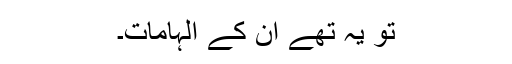
تو یہ تھے ان کے الہامات۔